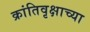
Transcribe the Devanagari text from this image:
क्रांतिवृक्षाच्या